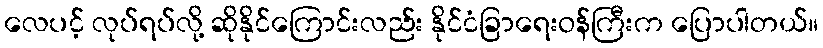
လေပင့် လုပ်ရပ်လို့ ဆိုနိုင်ကြောင်းလည်း နိုင်ငံခြာရေးဝန်ကြီးက ပြောပါတယ်။